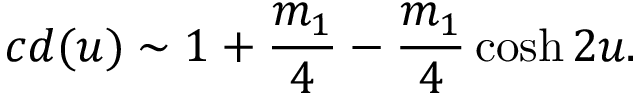
c d ( u ) \sim 1 + \frac { m _ { 1 } } { 4 } - \frac { m _ { 1 } } { 4 } \cosh 2 u .